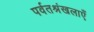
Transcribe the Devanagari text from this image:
पर्वतश्रंखलाएँ